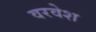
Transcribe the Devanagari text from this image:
वरवेश